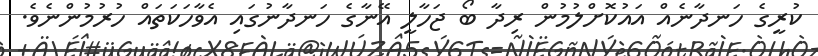
ކުރީގެ ހަނދާނެއް އައުކޮށްލުމުން ރިދާ ބޯ ޖަހާލީ އޭނާގެ ހަނދާނުގައި އެވާހަކަތައް ހުރުމުންނެވެ.